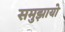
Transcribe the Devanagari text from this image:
समुझायो